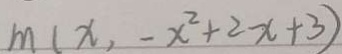
m ( x , - x ^ { 2 } + 2 x + 3 )